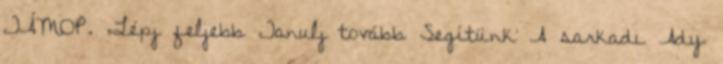
TÁMOP. „Lépj feljebb Tanulj tovább Segítünk A sarkadi Ady